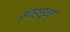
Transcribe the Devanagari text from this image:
संदेहसूचक